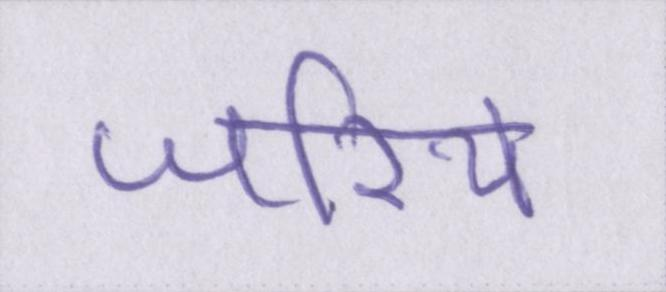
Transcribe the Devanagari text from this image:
जरिये